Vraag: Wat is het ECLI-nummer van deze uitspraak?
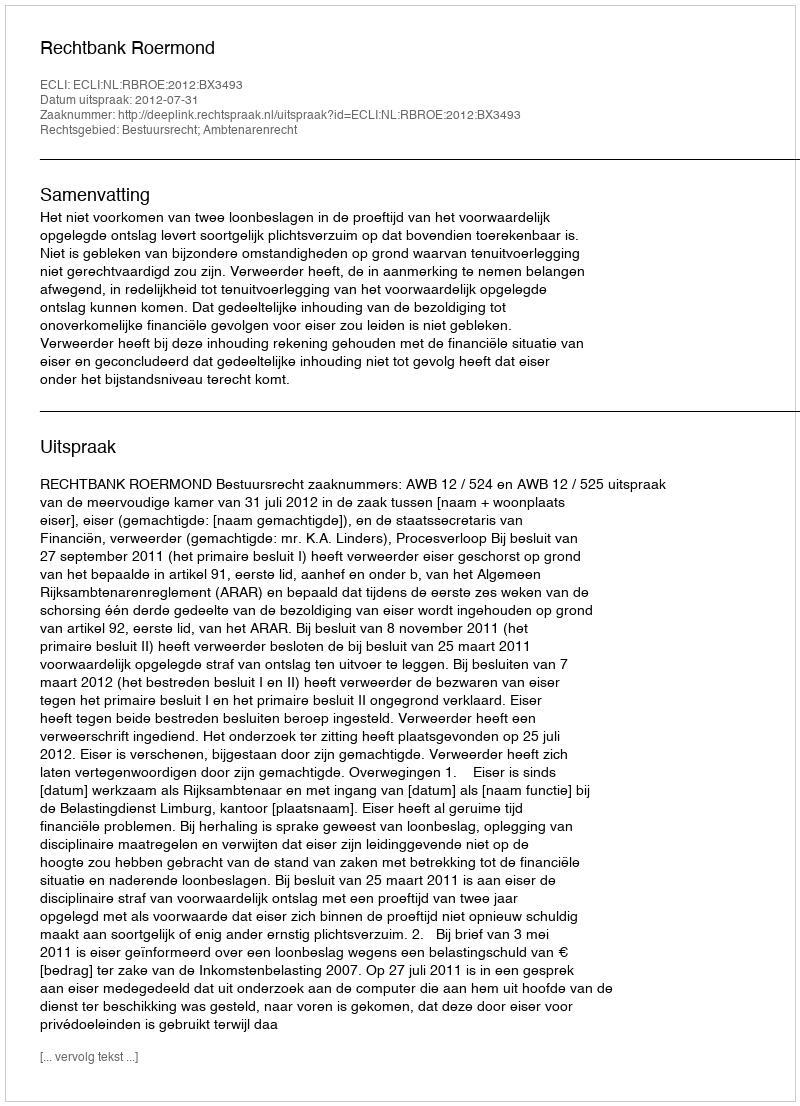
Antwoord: ECLI:NL:RBROE:2012:BX3493